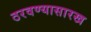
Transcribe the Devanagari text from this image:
ठरवण्यासारख